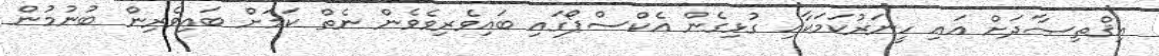
އިޤްތިޞާދަށް އައި ހީނަރުކަމަކާއި ގުޅިގެން އެކްސްޕޯގައި ބައިވެރިވެވެން ނެތް ކަމަށް ބައިވެރިން ބުނުމުން